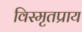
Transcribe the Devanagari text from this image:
विस्मृतप्राय